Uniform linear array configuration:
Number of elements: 16
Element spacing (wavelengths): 0.25
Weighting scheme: exponential
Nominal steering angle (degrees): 0
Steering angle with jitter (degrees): -0.08577
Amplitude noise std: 0.05
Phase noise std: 0.05

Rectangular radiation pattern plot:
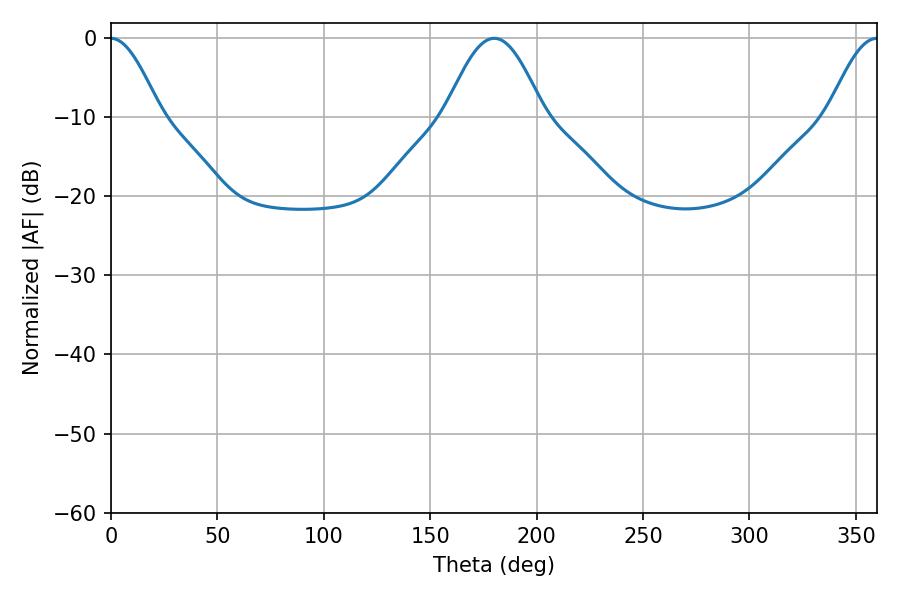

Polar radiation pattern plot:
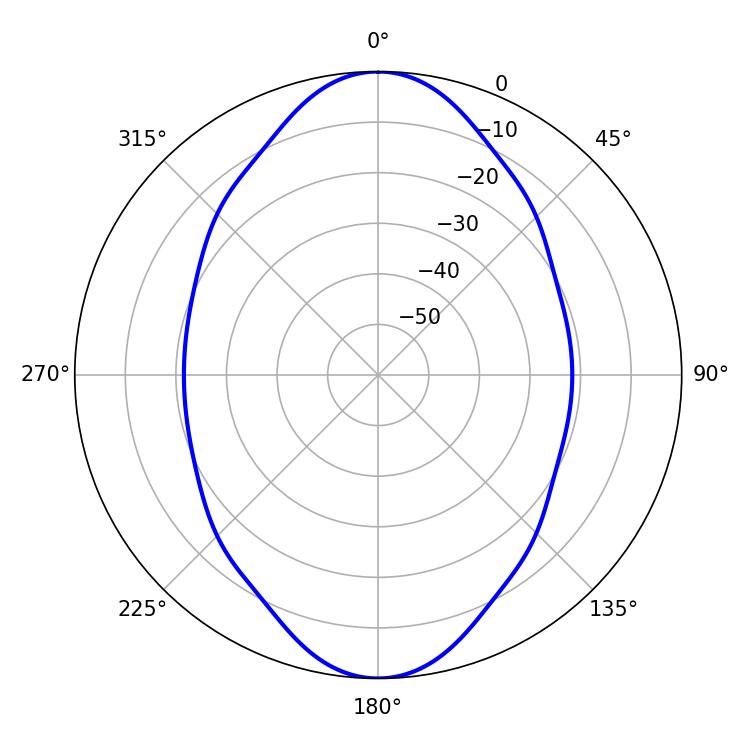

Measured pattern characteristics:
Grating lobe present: FALSE
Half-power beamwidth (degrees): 12.42
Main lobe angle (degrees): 360